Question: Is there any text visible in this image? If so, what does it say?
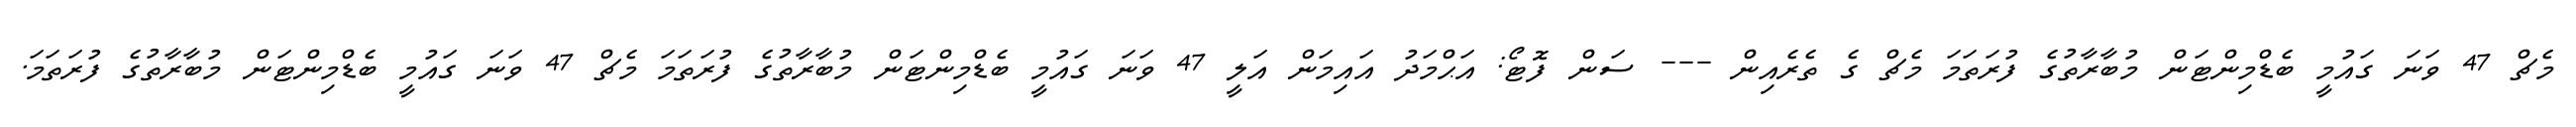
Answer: މެޗް 47 ވަނަ ގައުމީ ބެޑްމިންޓަން މުބާރާތުގެ ފުރަތަމަ މެޗް ގެ ތެރެއިން --- ސަން ފޮޓޯ: އަޙްމަދު އައިމަން އަލީ 47 ވަނަ ގައުމީ ބެޑްމިންޓަން މުބާރާތުގެ ފުރަތަމަ މެޗް 47 ވަނަ ގައުމީ ބެޑްމިންޓަން މުބާރާތުގެ ފުރަތަމަ.